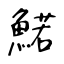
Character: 鰙